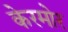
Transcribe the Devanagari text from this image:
केरमोर